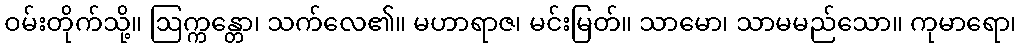
ဝမ်းတိုက်သို့။ ဩက္ကန္တော၊ သက်လေ၏။ မဟာရာဇ၊ မင်းမြတ်။ သာမော၊ သာမမည်သော။ ကုမာရော၊